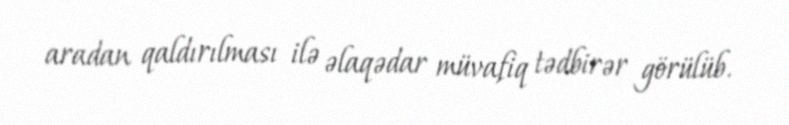
aradan qaldırılması ilə əlaqədar müvafiq tədbirər görülüb.